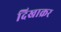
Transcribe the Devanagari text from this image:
दिखाक्रर